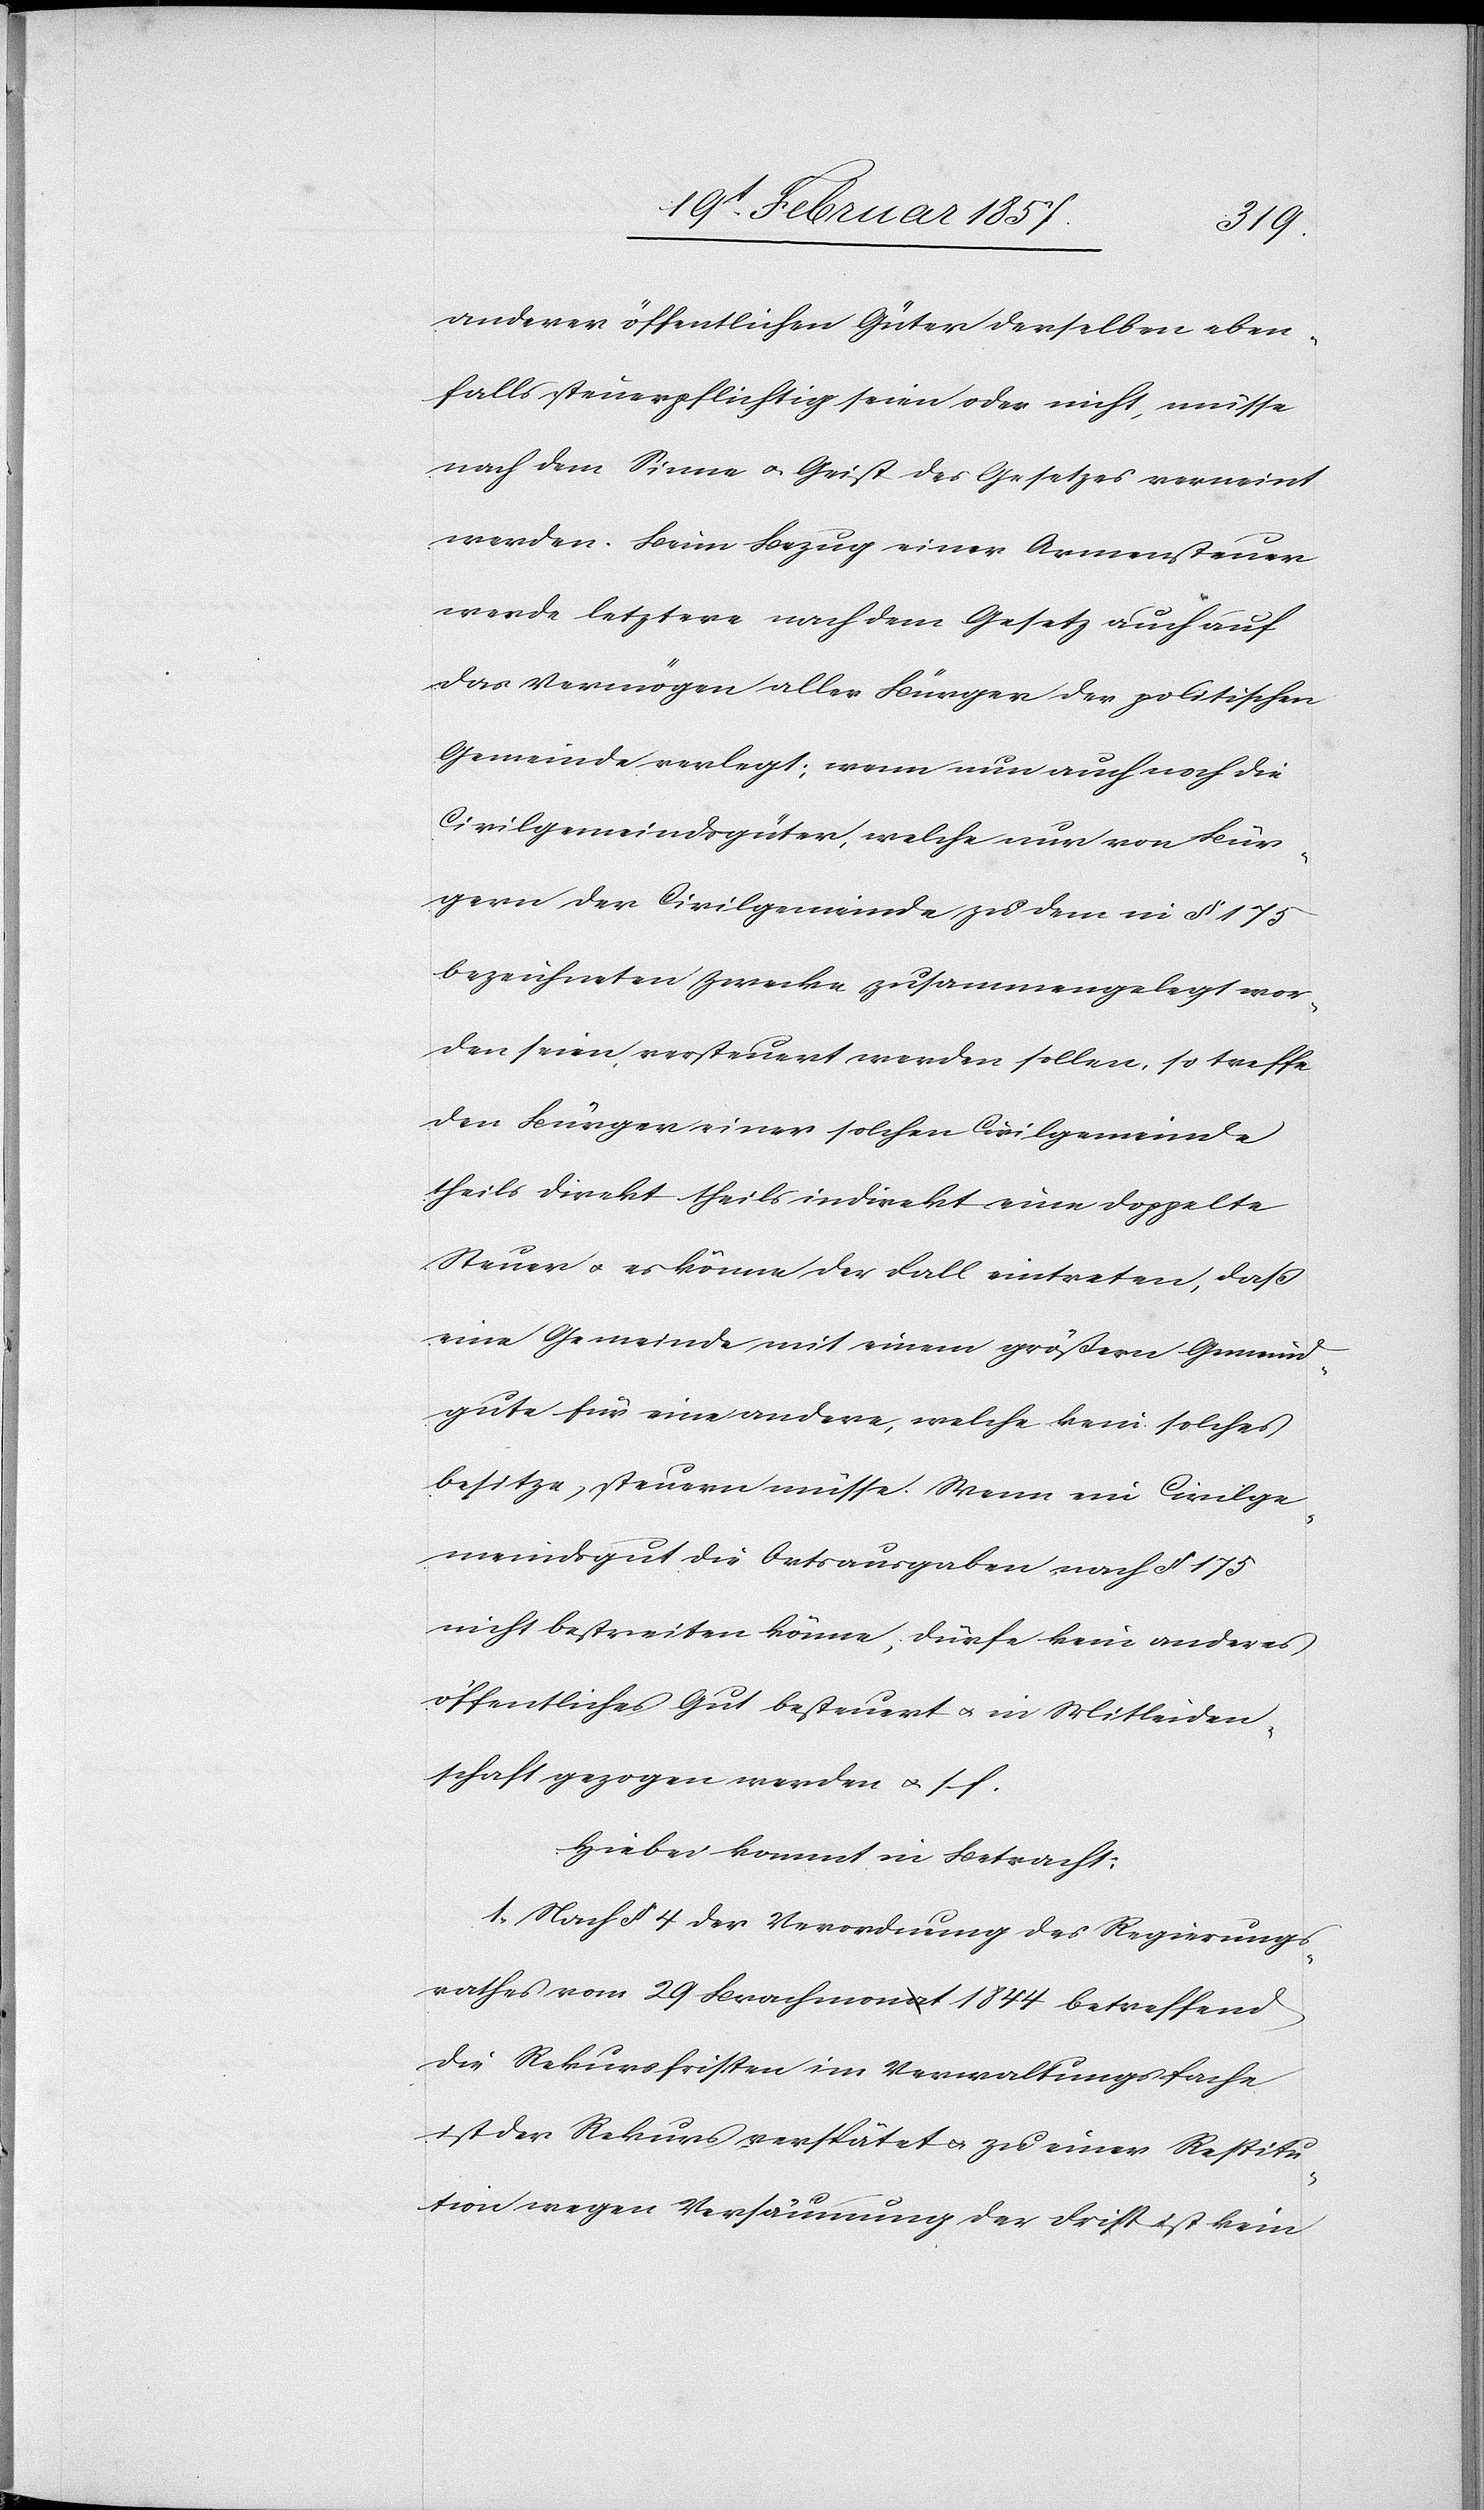
anderer öffentlichen Güter derselben eben¬
falls steuerpflichtig seien oder nicht, müsse
nach dem Sinne u. Geist des Gesetzes verneint
werden. Beim Bezug einer Armensteuer
werde letztere nach dem Gesetz auch auf
das Vermögen aller Bürger der politischen
Gemeinde verlegt; wenn nun auch noch die
Civilgemeindsgüter, welche nur von Bür¬
gern der Civilgemeinde zu dem in § 175
bezeichneten Zwecke zusammengelegt wor¬
den seien, versteuert werden sollen, so treffe
den Bürger einer solchen Civilgemeinde
theils direkt theils indirekt eine doppelte
Steuer u. es könne der Fall eintreten, daß
eine Gemeinde mit einem größern Gemeind¬
gute für eine andere, welche kein solches
besitze, steuern müsse. Wenn ein Civilge¬
meindsgut die Ortsausgaben nach § 175
nicht bestreiten könne, dürfe kein anderes
öffentliches Gut besteuert u. in Mittleiden¬
schaft gezogen werden u. s. f.
Hiebei kommt in Betracht:
1. Nach § 4 der Verordnung des Regierungs¬
rathes vom 29 Brachmonat 1844 betreffend
die Rekursfristen im Verwaltungsfache
ist der Rekurs verspätet u. zu einer Restitu¬
tion wegen Versäumung der Frist ist kein